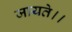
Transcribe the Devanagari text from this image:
जायते।।